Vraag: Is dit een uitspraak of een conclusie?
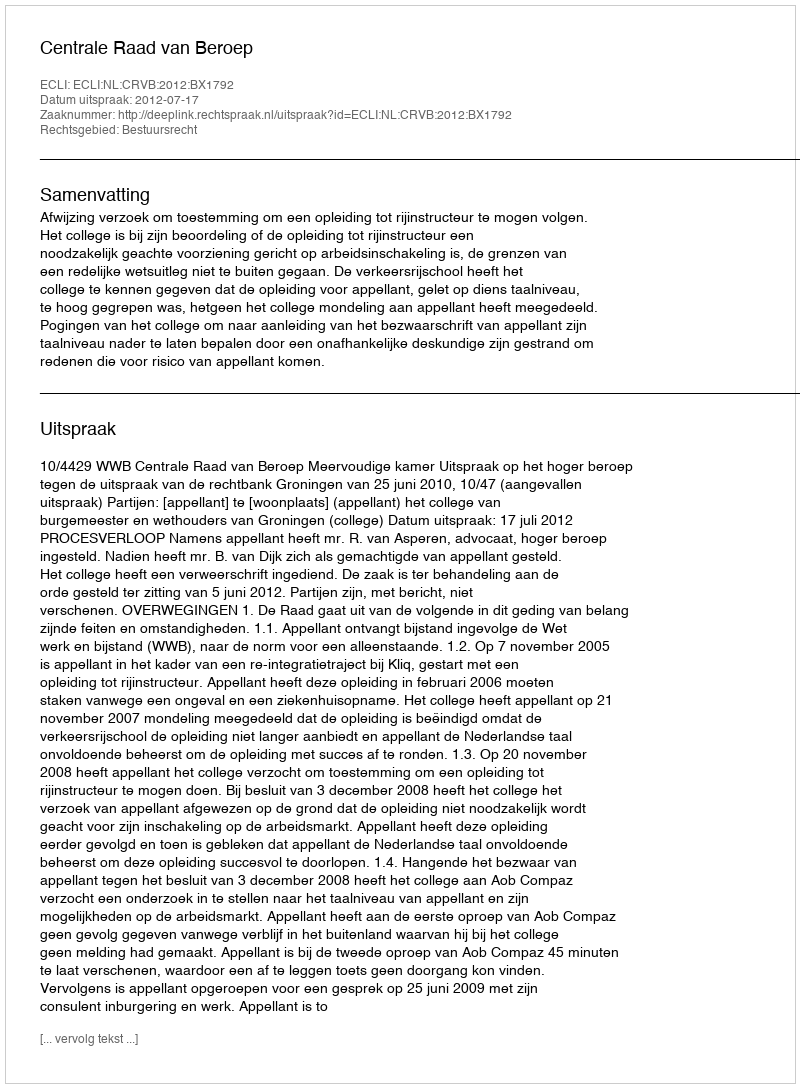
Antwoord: Uitspraak